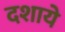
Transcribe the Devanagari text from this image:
दशाये